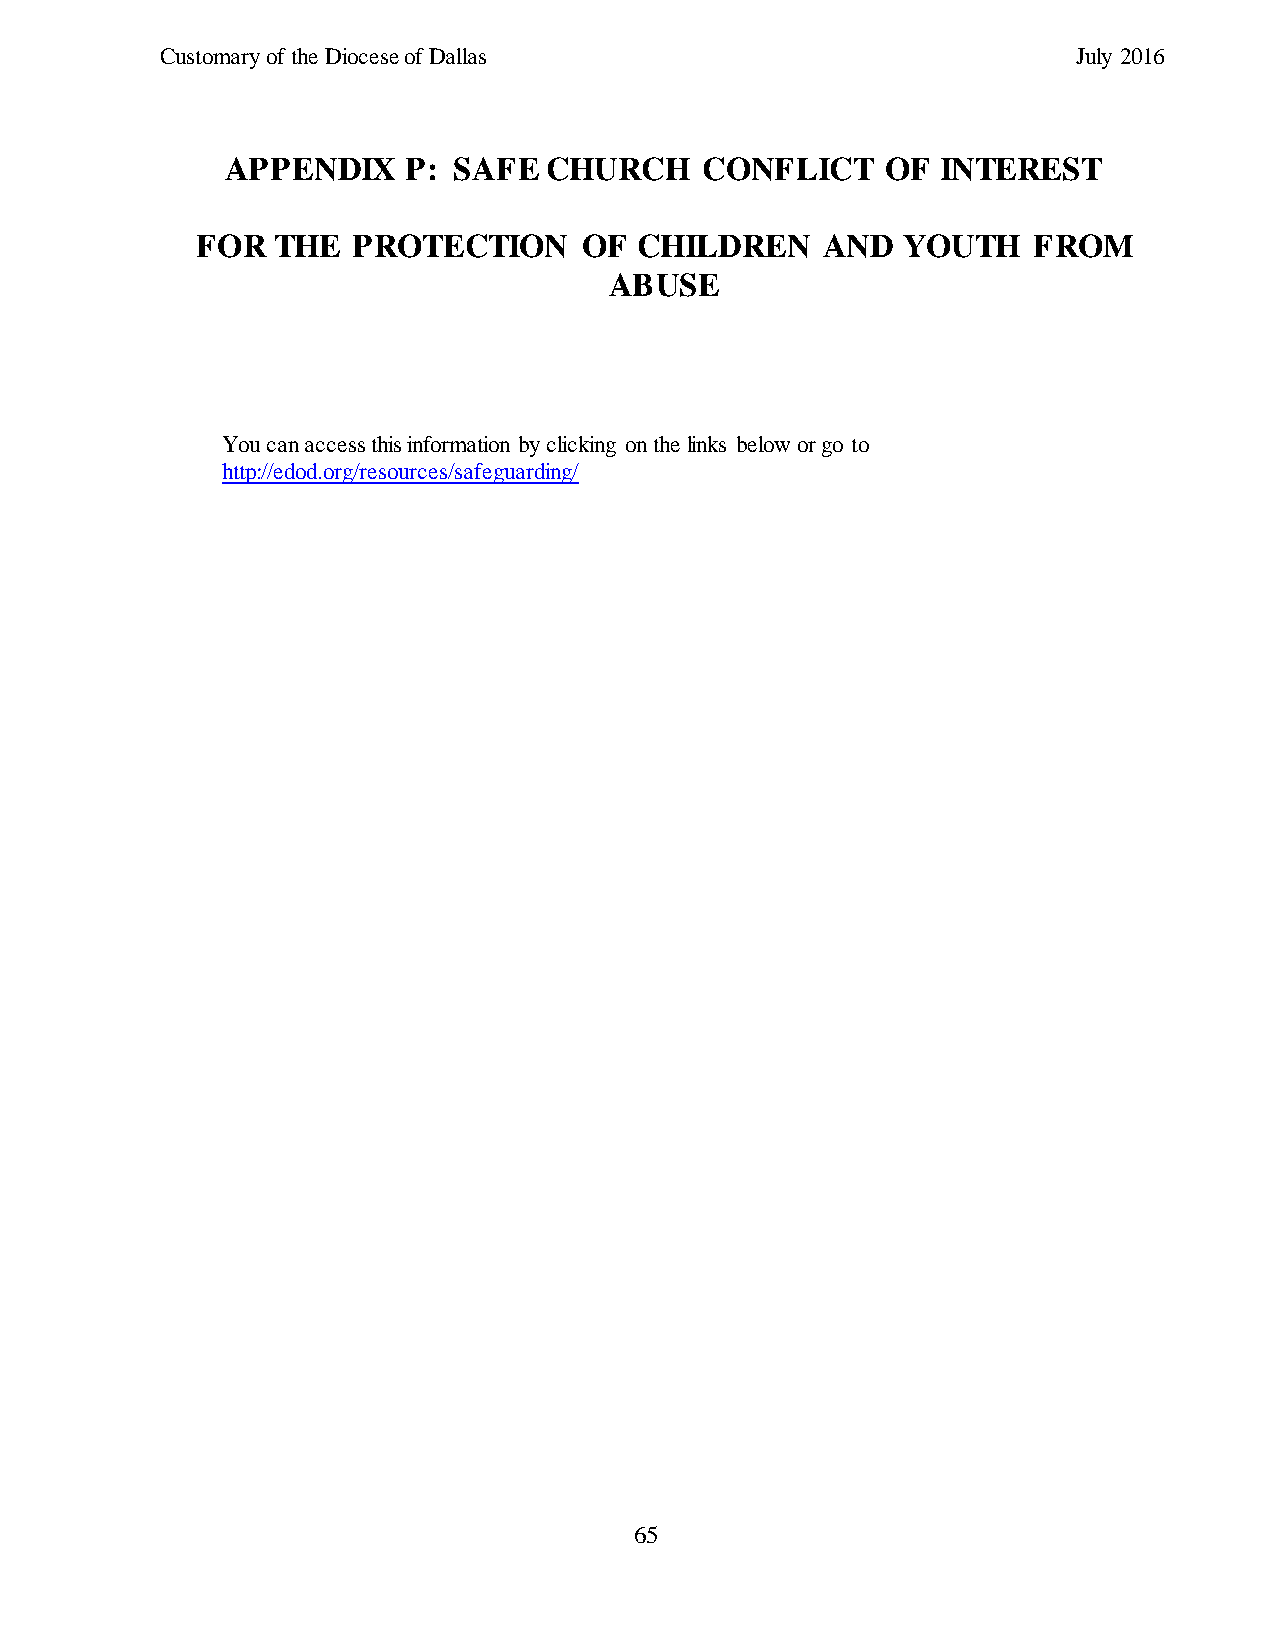
Customary of the Diocese of Dallas                          July 2016
 APPENDIX    P: SAFE  CHURCH     CONFLICT    OF INTEREST
 FOR  THE  PROTECTION      OF CHILDREN    AND   YOUTH   FROM
 ABUSE
 You can access this information by clicking on the links below or go to
 http://edod.org/resources/safeguarding/
 65